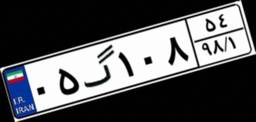
۰۱گ۳۷۵۲۱